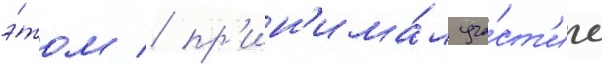
э́том / пр'ин'има́л уча́ст'ие